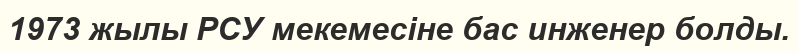
1973 жылы РСУ мекемесіне бас инженер болды.